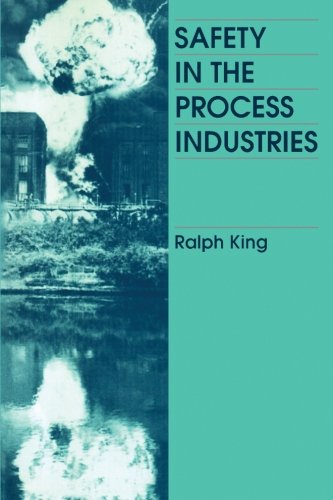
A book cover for Safety in the Process Industries; Ralph King; Science & Math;